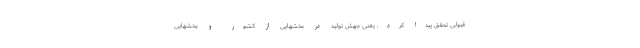
قبولی تحقّق پیدا کرد، یعنی جهش تولید در بخشهایی از کشور و بخشهایی